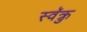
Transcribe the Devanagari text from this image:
स्वॅक्रु